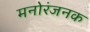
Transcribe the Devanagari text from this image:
मनोरंजनक